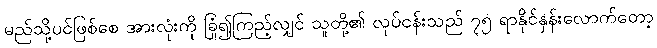
မည်သို့ပင်ဖြစ်စေ အားလုံးကို ခြုံ၍ကြည့်လျှင် သူတို့၏ လုပ်ငန်းသည် ၇၅ ရာနိုင်နှန်းလောက်တော့